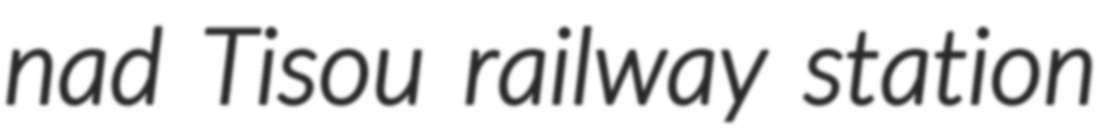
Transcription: nad Tisou railway station